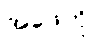
အဖေကို